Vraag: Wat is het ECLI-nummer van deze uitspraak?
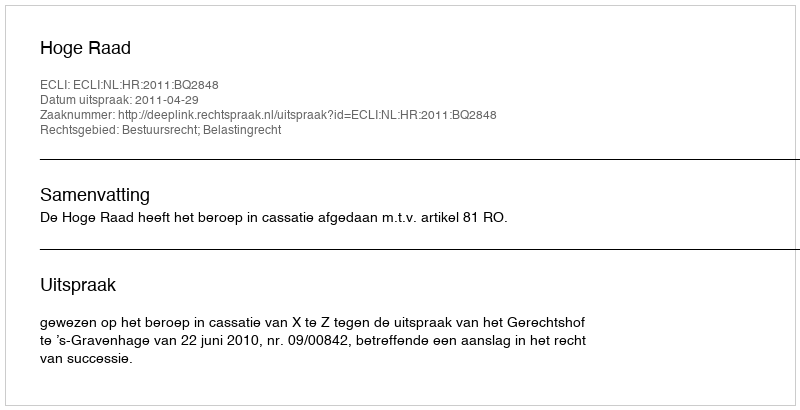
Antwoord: ECLI:NL:HR:2011:BQ2848